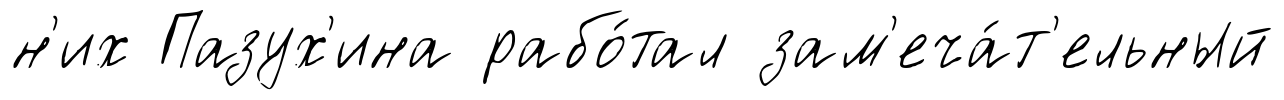
н'их Пазух'ина рабо́тал зам'еча́т'ельный